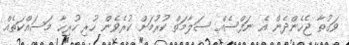
ވަގުތާ ޖެހެންދެން އެ ނަފްސެއް ސަލާމަތް ކުރުމަށް ކުރެވެން ހުރި ހުރިހާ މަސައްކަތެއް